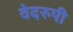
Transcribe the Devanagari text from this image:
वेदरुपी